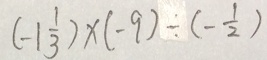
( - 1 \frac { 1 } { 3 } ) \times ( - 9 ) \div ( - \frac { 1 } { 2 } )